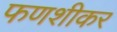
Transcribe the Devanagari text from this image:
फणशीकर